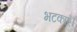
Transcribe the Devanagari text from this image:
भटकाएँ।